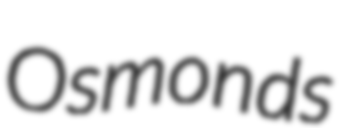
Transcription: Osmonds